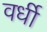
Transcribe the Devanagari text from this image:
वर्धी